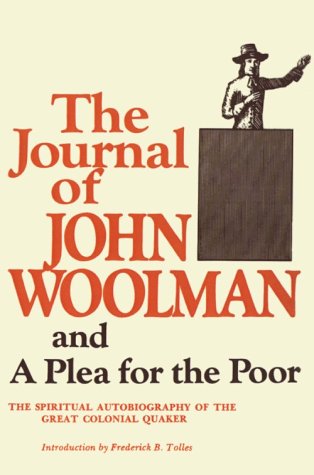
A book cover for The Journal of John Woolman and a Plea for the Poor; John Woolman; Biographies & Memoirs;